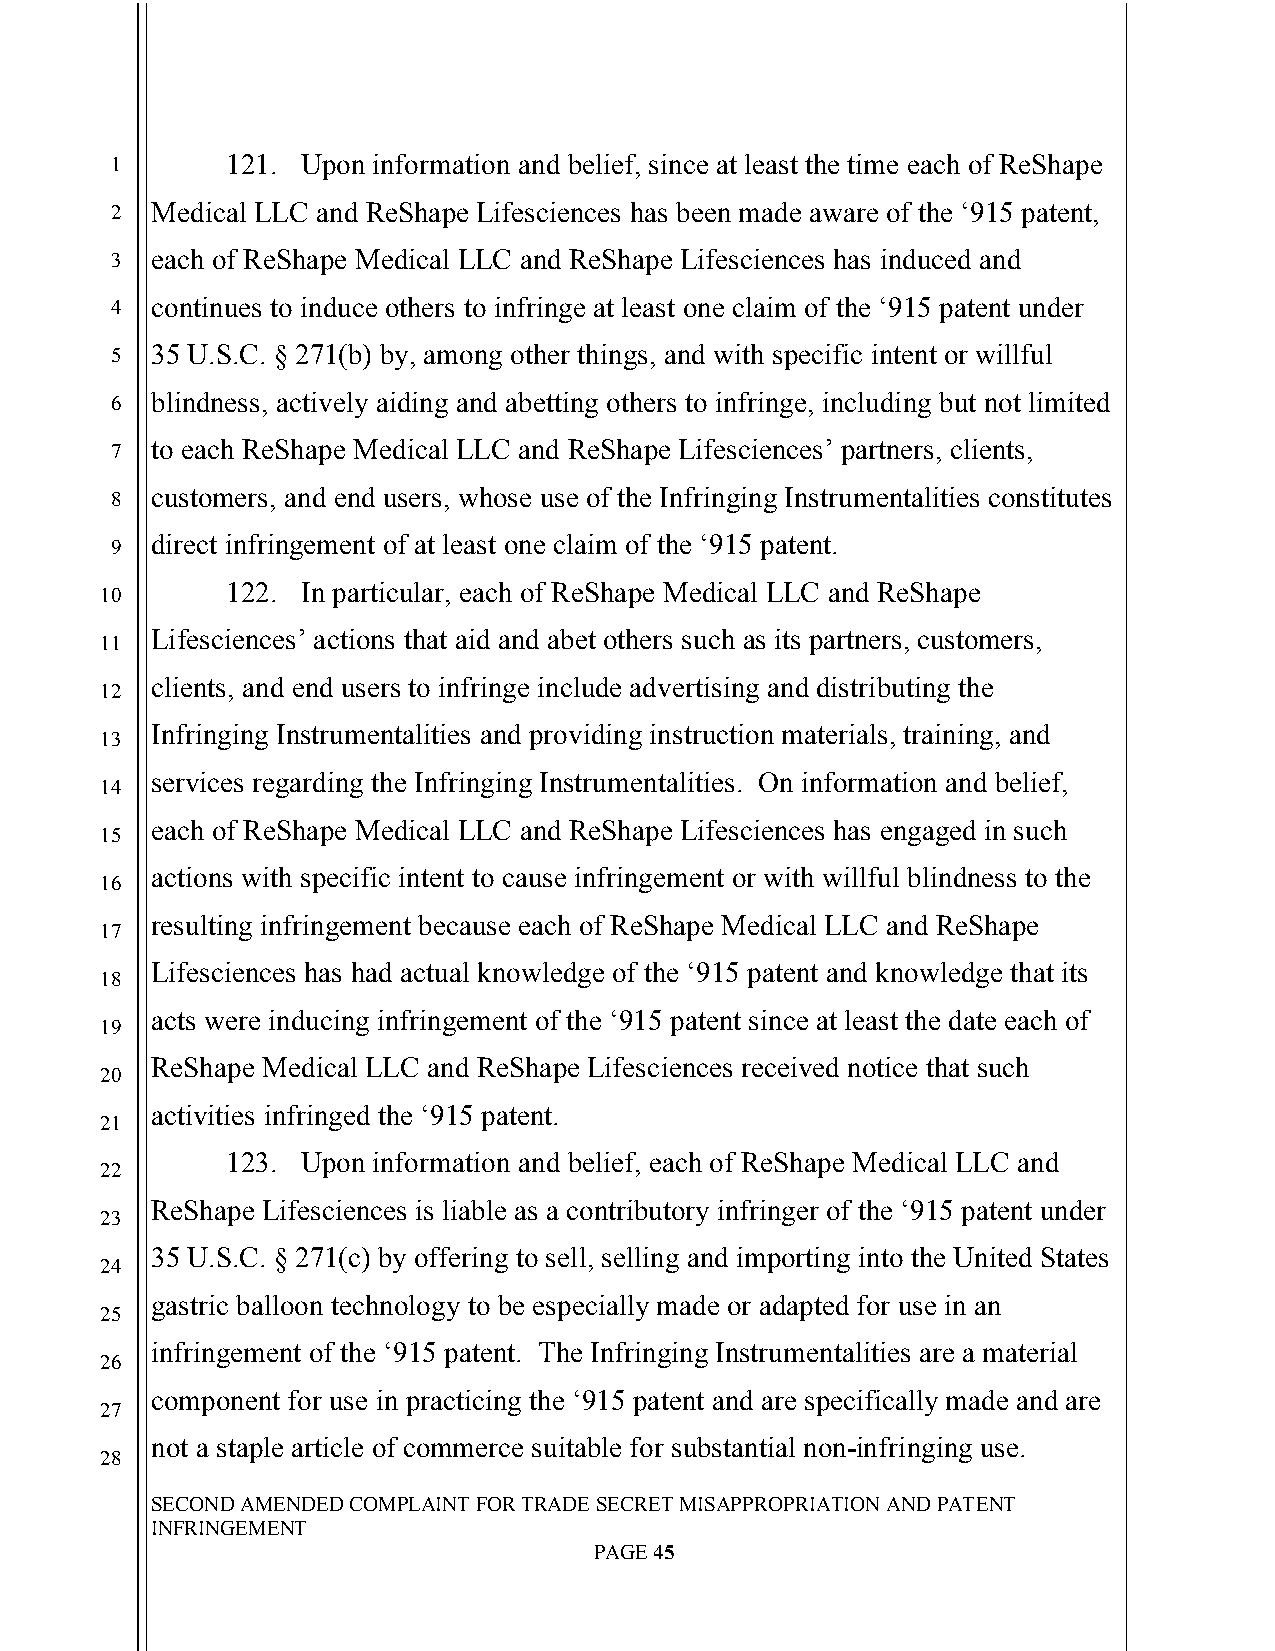
`
 1       121. Upon information and belief, since at least the time each of ReShape
 2  Medical LLC and ReShape Lifesciences has been made aware of the ‘915 patent,
 3  each of ReShape Medical LLC and ReShape Lifesciences has induced and
 4  continues to induce others to infringe at least one claim of the ‘915 patent under
 5  35 U.S.C. § 271(b) by, among other things, and with specific intent or willful
 6  blindness, actively aiding and abetting others to infringe, including but not limited
 7  to each ReShape Medical LLC and ReShape Lifesciences’ partners, clients,
 8  customers, and end users, whose use of the Infringing Instrumentalities constitutes
 direct infringement of at least one claim of the ‘915 patent.
 9
 122. In particular, each of ReShape Medical LLC and ReShape
 10
 Lifesciences’ actions that aid and abet others such as its partners, customers,
 11
 clients, and end users to infringe include advertising and distributing the
 12
 Infringing Instrumentalities and providing instruction materials, training, and
 13
 services regarding the Infringing Instrumentalities. On information and belief,
 14
 each of ReShape Medical LLC and ReShape Lifesciences has engaged in such
 15
 actions with specific intent to cause infringement or with willful blindness to the
 16
 resulting infringement because each of ReShape Medical LLC and ReShape
 17
 Lifesciences has had actual knowledge of the ‘915 patent and knowledge that its
 18
 acts were inducing infringement of the ‘915 patent since at least the date each of
 19
 ReShape Medical LLC and ReShape Lifesciences received notice that such
 20
 activities infringed the ‘915 patent.
 21
 123. Upon information and belief, each of ReShape Medical LLC and
 22
 ReShape Lifesciences is liable as a contributory infringer of the ‘915 patent under
 23
 35 U.S.C. § 271(c) by offering to sell, selling and importing into the United States
 24
 gastric balloon technology to be especially made or adapted for use in an
 25
 infringement of the ‘915 patent. The Infringing Instrumentalities are a material
 26
 component for use in practicing the ‘915 patent and are specifically made and are
 27
 not a staple article of commerce suitable for substantial non-infringing use.
 28
 SECOND AMENDED COMPLAINT FOR TRADE SECRET MISAPPROPRIATION AND PATENT
 INFRINGEMENT
 PAGE 45